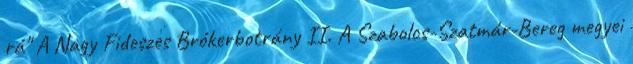
rá" A Nagy Fideszes Brókerbotrány II. A Szabolcs-Szatmár-Bereg megyei